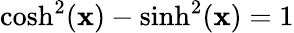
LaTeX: \cosh^{2}(\mathbf{x})-\sinh^{2}(\mathbf{x})=1